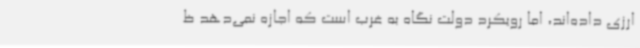
ارزی داده‌اند، اما رویکرد دولت نگاه به غرب است که اجازه نمی‌دهد ظ